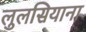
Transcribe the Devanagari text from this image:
लुलसियाना